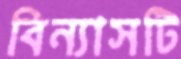
বিন্যাসটি